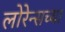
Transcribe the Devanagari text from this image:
लोरेन्सच्या